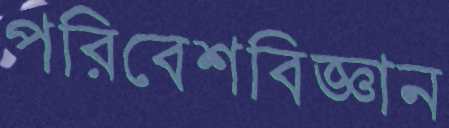
পরিবেশবিজ্ঞান